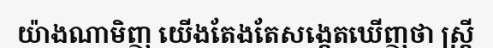
យ៉ាងណាមិញ យើងតែងតែសង្កេតឃើញថា ស្ត្រី